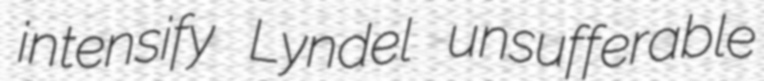
intensify Lyndel unsufferable